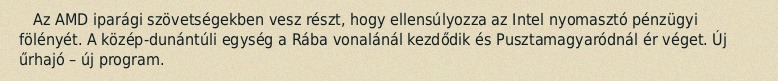
Az AMD iparági szövetségekben vesz részt, hogy ellensúlyozza az Intel nyomasztó pénzügyi fölényét. A közép-dunántúli egység a Rába vonalánál kezdődik és Pusztamagyaródnál ér véget. Új űrhajó – új program.